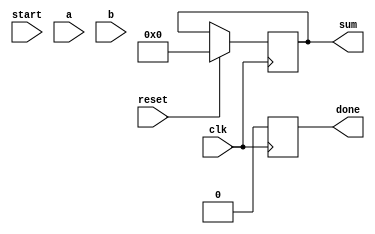

module fpadd (
    clk, reset, start,
    a, b,
    sum, 
    done
);

    input wire 		clk, reset, start;
    input wire [31:0] 	a, b;
    output [31:0] 	sum;
    output	 	done;

localparam INITIAL = 3'd0,
	   ONE	= 3'd1,	
	   TWO = 3'd2,
	   THREE = 3'd3,
	   FOUR = 3'd4,
	   DONE = 3'd5;
	   // excess case handled
	   
// State regs declaration 
reg [2:0] CurrentState;

// Registers to parse the 32-bit data
	wire sign_a, sign_b;		// 1 bit
	reg [7:0] exp_a, exp_b;		// 8 bits
	reg signed [24:0] mant_a, mant_b;	
	// 23 bits + 1 bit for the one of 1.xx + 1 for sign extension
	// signed reg is used for the arithmetic shift operation later used. 
	reg [7:0] ediff;
	reg sign_r;
	reg [7:0] exp_r;
	reg [25:0] mant_r;
	reg b23, b24;
	reg [4:0] one_index;

	reg signed [24:0] mant_a_q, mant_b_q;
	reg [25:0] mant_r_q;
	reg [7:0] exp_a_q, exp_b_q, exp_r_q;
	reg sign_r_q;
	reg [31:0] sum_q, sum_d;
	reg done_q, done_d;

	assign sign_a = a[31];
	assign sign_b = b[31];
	assign sum = sum_q;
	assign done = done_q;

// Synchronous State Transition
always @(posedge clk) begin
	if (reset) begin
		CurrentState	 <= INITIAL;
		mant_a_q 	     <= 0;
		mant_b_q 	     <= 0;
		sum_q        	 <= 0;
		exp_a_q 	     <= 0;
		exp_b_q	         <= 0;
		exp_r_q	         <= 0; 
		mant_r_q     	 <= 0;
		sign_r_q	     <= 0;
		done_q		     <= 0;
		
	end else begin
		mant_a_q     <= mant_a;
		mant_b_q 	 <= mant_b;
		sum_q        <= sum_d;
		exp_a_q 	 <= exp_a;
		exp_b_q	     <= exp_b;
		exp_r_q	     <= exp_r;
		mant_r_q	 <= mant_r; 
		sign_r_q	 <= sign_r;
		done_q		 <= done_d;
	end
end


// Conditional State Transition
always @(*) begin 
	CurrentState = INITIAL;
	done_d = 0;
	mant_a = mant_a_q;
	mant_b = mant_b_q;
	sum_d = sum_q;
	exp_a = exp_a_q;
	exp_b = exp_b_q;
	exp_r = exp_r_q;
	mant_r = mant_r_q;
	sign_r = sign_r_q;
	// default
	
	case (CurrentState)
		INITIAL: begin
			// 1. Start parsing input data
			// $display ("a_q = %b, b_q = %b\n", a, b);
			exp_a 	= 	a[30:23];
			exp_b 	= 	b[30:23];
			mant_a  = 	{2'b00, a[22:0]};   
			mant_b  = 	{2'b00, b[22:0]};
			sign_r  = 	0;
			mant_r  = 	0;
			// just the mantissa read for now, will update later
			
			if (start) 
				CurrentState = ONE;
			else 
				CurrentState = INITIAL;
				
		end
		
		ONE: begin
			// 2. Handle special cases
			if ((exp_a_q == 0) && (mant_a_q == 0)) begin
				sum_d 	= b;  // a = 0
				done_d  = 1'b1;
				CurrentState  = DONE;
				//$display("exited in special cases");
			end
			else if ((exp_b_q == 0) && (mant_b_q == 0)) begin	
				sum_d 	= a;  // b = 0
				done_d  = 1'b1;
				CurrentState  = DONE;
			end
			else if (exp_a_q == 8'hFF) begin
				sum_d 	= a;	// NaN or Inf
				done_d	= 1'b1;
				CurrentState  = DONE;
			end
			else if (exp_b_q == 8'hFF) begin
				sum_d 	= b;
				done_d	= 1'b1;
				CurrentState  = DONE;
			end
			else begin
				// 3. actual non-exceptional computation
				mant_a 	= 	{2'b01, a[22:0]};   // add 1 to make 1.xx
				mant_b 	= 	{2'b01, b[22:0]};   // a total 25-bit value
				CurrentState = TWO;
			end
		
		end
		
		TWO: begin
			
			
			// adjust mantissa sign, one bit used for sign extension
			if (sign_a) begin
				mant_a = -mant_a_q;
			end
			if (sign_b) begin
				mant_b = -mant_b_q;
			end
			
			// 3.2 compare exponents
			if (exp_a_q > exp_b_q) begin
			ediff  = exp_a_q - exp_b_q;
			exp_r  = exp_a_q;
			mant_b = mant_b_q >>> ediff; // arithmetic shift to retain MSB
			// 3.3 Compute Addition
			mant_r = {mant_a_q[24] ,mant_a_q} + {mant_b[24] ,mant_b};
			CurrentState = THREE;
			end
			else if (exp_a_q < exp_b_q) begin
			ediff 	= exp_b_q - exp_a_q;
			exp_r 	= exp_b_q;
			mant_a = mant_a_q >>> ediff;
			// 3.3 Compute Addition
			mant_r = {mant_a[24] ,mant_a} + {mant_b_q[24] ,mant_b_q};
			CurrentState = THREE;
			end
			else begin // they are equal
				exp_r = exp_a_q;
				// 3.3 Compute Addition
				mant_r = {mant_a[24] ,mant_a} + {mant_b[24] ,mant_b};
				CurrentState = THREE;
			end
		end

		THREE: begin
			
			// 3.4 Sign of the result
			if (mant_r_q[25]) begin
				// MSB indicates sign
				// negative
				sign_r = 1;
				mant_r = -mant_r_q;
			end
			else begin
				// postitive
				sign_r = 0;
			end
			CurrentState = FOUR;
		end

		FOUR: begin
			// 3.5 Normalize
			// mant_r is now unsigned
			b23 = mant_r_q[23];
			b24 = mant_r_q[24];
			if (!mant_r_q) begin
				// 3.5.1 numbers cancelled out
				exp_r = 0;
				CurrentState = DONE;
			end
			else if ((!b24) && (b23)) begin
				// 3.5.2 already normalized 
				// no need to normalize
				CurrentState = DONE;
			end
			else if (b24) begin
				// 3.5.3 Overflow - renormalize
				mant_r = {1'b0, mant_r_q[25:1]};
				exp_r  = exp_r_q + 1'b1;
				CurrentState = DONE;
			end
			else begin 
				// 3.5.4 Search for leading one
				if(b23) begin
					// normalized
					CurrentState = DONE;
				end
				else begin 
					// keep looping until normalized
					case (1)
						mant_r_q[22]: begin one_index = 22; end
						mant_r_q[21]: begin one_index = 21; end
						mant_r_q[20]: begin one_index = 20; end
						mant_r_q[19]: begin one_index = 19; end
						mant_r_q[18]: begin one_index = 18; end
						mant_r_q[17]: begin one_index = 17; end
						mant_r_q[16]: begin one_index = 16; end
						mant_r_q[15]: begin one_index = 15; end
						mant_r_q[14]: begin one_index = 14; end
						mant_r_q[13]: begin one_index = 13; end
						mant_r_q[12]: begin one_index = 12; end
						mant_r_q[11]: begin one_index = 11; end
						mant_r_q[10]: begin one_index = 10; end
						mant_r_q[9]: begin one_index = 9; end
						mant_r_q[8]: begin one_index = 8; end
						mant_r_q[7]: begin one_index = 7; end
						mant_r_q[6]: begin one_index = 6; end
						mant_r_q[5]: begin one_index = 5; end
						mant_r_q[4]: begin one_index = 4; end
						mant_r_q[3]: begin one_index = 3; end
						mant_r_q[2]: begin one_index = 2; end
						mant_r_q[1]: begin one_index = 1; end
						mant_r_q[0]: begin one_index = 0; end
						default:           one_index = 0;

					endcase
					mant_r = mant_r_q << (23 - one_index);
					exp_r  =  exp_r_q - (23 - one_index);
					CurrentState = DONE;
				
				end
			end
		end
		DONE: begin
			// 4. Generate output
			sum_d	= {sign_r_q, exp_r_q, mant_r_q[22:0]};
			done_d	= 1'b1;
			
			if (start == 0) CurrentState = INITIAL;
           		else CurrentState = DONE;
		    end
				
		default: 
			CurrentState = INITIAL;
	endcase				
end	
endmodule